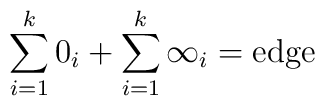
\sum_{i=1}^{k}0_i+\sum_{i=1}^{k}\infty_i=\mbox{edge}